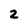
Character: 2